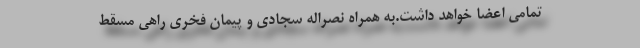
تمامی اعضا خواهد داشت.به همراه نصراله سجادی و پیمان فخری راهی مسقط